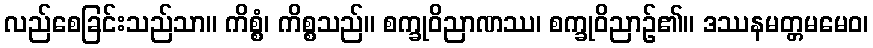
လည်စေခြင်းသည်သာ။ ကိစ္စံ၊ ကိစ္စသည်။ စက္ခုဝိညာဏဿ၊ စက္ခုဝိညာဉ်၏။ ဒဿနမတ္တမမေဝ၊